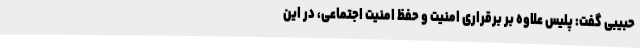
حبیبی گفت: پلیس علاوه بر برقراری امنیت و حفظ امنیت اجتماعی، در این